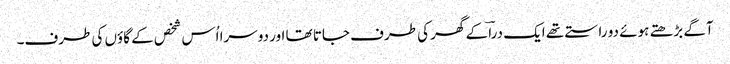
آگے بڑھتے ہوئے دو راستے تھے ایک دراؔ کے گھر کی طرف جاتا تھا اور دوسرا اُس شخص کے گاؤں کی طرف۔